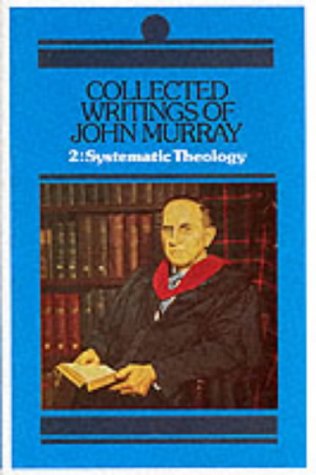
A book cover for Collected Writings of John Murray: Lectures in Systematic Theology; John Murray; Christian Books & Bibles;